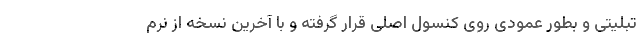
تبلیتی و بطور عمودی روی کنسول اصلی قرار گرفته و با آخرین نسخه از نرم